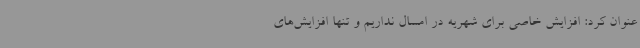
عنوان کرد: افزایش خاصی برای شهریه در امسال نداریم و تنها افزایش‌های